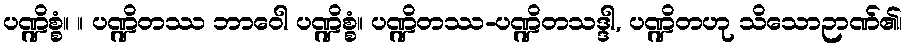
ပဏ္ဍိစ္စံ။ ။ ပဏ္ဍိတဿ ဘာဝေါ ပဏ္ဍိစ္စံ။ ပဏ္ဍိတဿ-ပဏ္ဍိတသဒ္ဒါ, ပဏ္ဍိတဟု သိသောဉာဏ်၏၊